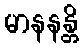
မာနနန္တိ